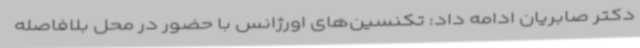
دکتر صابریان ادامه داد: تکنسین‌های اورژانس با حضور در محل بلافاصله